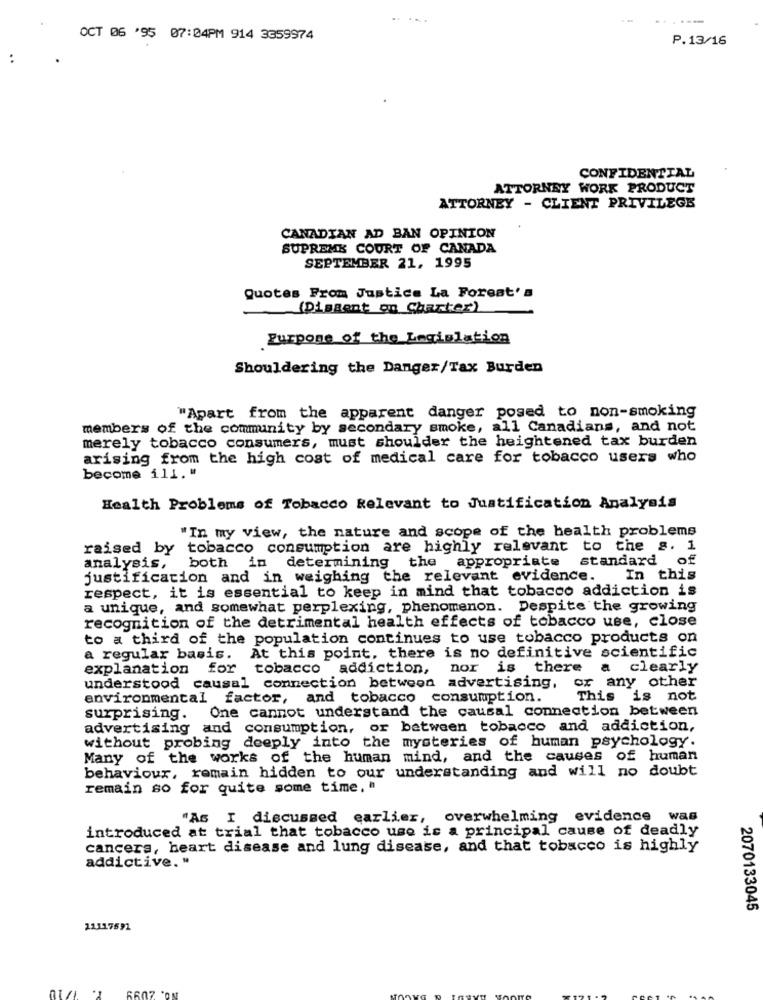
.....
--
OCT 06 '95 07:04PM 914 3359974
P.13/16
CONFIDENTIAL
ATTORNEY WORK PRODUCT
ATTORNEY - CLIENT PRIVILEGE
CANADIAN AD BAN OPINION
SUPREME COURT OF CANADA
SEPTEMBER 21, 1995
Quotes From Justice La Forest's
(Dissent on Charter)
Eurpone of the Legislation
Shouldering the Danger/Tax Burden
"Apart from the apparent danger posed to non-smoking
members of the community by secondary smoke, all Canadians, and not
merely tobacco consumers, must shoulder the heightened tax burden
arising from the high cost of medical care for tobacco users who
become ill. "
Health Problems of Tobacco Relevant to Justification Analysis
"In my view, the nature and scope of the health problems
raised by
tobacco consumption are highly relevant to the s. i
analysis,
both in determining the appropriate standard of
justification and in weighing the relevant evidence.
In this
respect, it is essential to keep in mind that tobacco addiction is
a unique, and somewhat perplexing, phenomenon. Despite the growing
recognition of the detrimental health effects of tobacco use, close
to a third of the population continues to use tobacco products on
a regular basis. At this point, there is no definitive scientific
explanation for tobacco addiction,
nor is there a clearly
understood causal connection between advertising, or any other
environmental factor, and tobacco consumption.
This is not
surprising. One cannot understand the causal connection between
advertising and consumption, or between tobacco and addiction,
without probing deeply into the mysteries of human psychology.
Many of the works of the human mind, and the causes of human
behaviour, remain hidden to our understanding and will no doubt
remain so for quite some time, "
"As I discussed earlier, overwhelming evidence was
introduced at trial that tobacco use is a principal cause of deadly
cancers, heart disease and lung disease, and that tobacco is highly
addictive."
2070133045
11117591